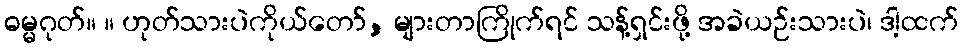
ဓမ္မဂုတ်။ ။ ဟုတ်သားပဲကိုယ်တော်, များတာကြိုက်ရင် သန့်ရှင်းဖို့ အခဲယဉ်းသားပဲ၊ ဒါ့ထက်